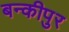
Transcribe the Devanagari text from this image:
बन्कीपुर